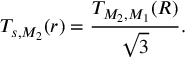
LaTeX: T _ { s , M _ { 2 } } ( r ) = { \frac { T _ { M _ { 2 } , M _ { 1 } } ( R ) } { \sqrt { 3 } } } .